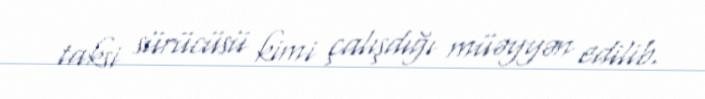
taksi sürücüsü kimi çalışdığı müəyyən edilib.